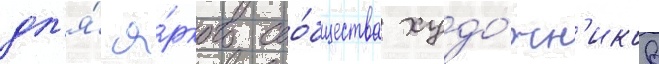
дл'я́ я́ркого соо́бщества худо́жн'иков